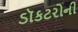
ડૉકટરોની